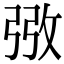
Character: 㢸